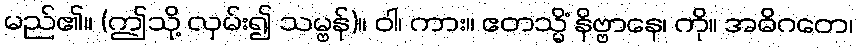
မည်၏။ (ဤသို့ လှမ်း၍ သမ္ဗန်)။ ဝါ၊ ကား။ ဧတသ္မိံ နိဗ္ဗာနေ၊ ကို။ အဓိဂတေ၊